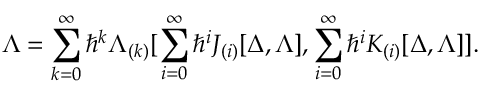
\Lambda = \sum _ { k = 0 } ^ { \infty } \hbar ^ { k } \Lambda _ { ( k ) } [ \sum _ { i = 0 } ^ { \infty } \hbar ^ { i } J _ { ( i ) } [ \Delta , \Lambda ] , \sum _ { i = 0 } ^ { \infty } \hbar ^ { i } K _ { ( i ) } [ \Delta , \Lambda ] ] .